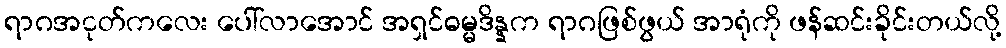
ရာဂအငုတ်ကလေး ပေါ်လာအောင် အရှင်ဓမ္မဒိန္နက ရာဂဖြစ်ဖွယ် အာရုံကို ဖန်ဆင်းခိုင်းတယ်လို့